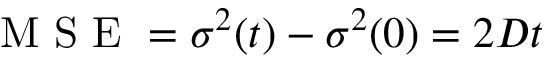
\mathrm { ~ M ~ S ~ E ~ } = \sigma ^ { 2 } ( t ) - \sigma ^ { 2 } ( 0 ) = 2 D t